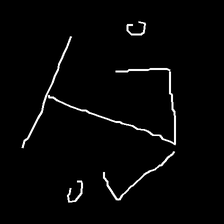
Glyph: earth